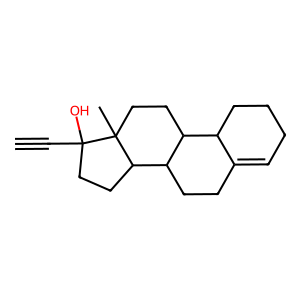
SMILES: C#CC1(O)CCC2C3CCC4=CCCCC4C3CCC21C
Inhibits HIV replication: No